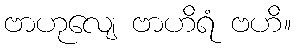
ဗာဟုလျေ ဗာဟိရံ ဗဟိ။